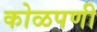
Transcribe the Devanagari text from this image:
कोळपणी